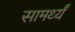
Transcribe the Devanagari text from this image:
सामर्थ्यं